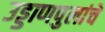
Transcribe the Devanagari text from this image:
उड्डाणपुलांचे